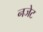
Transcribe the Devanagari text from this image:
नजेट